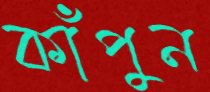
কাঁপুন